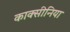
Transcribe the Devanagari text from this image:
काक्सीनिया